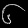
Digit: ၆